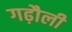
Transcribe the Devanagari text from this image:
गढ़ौली